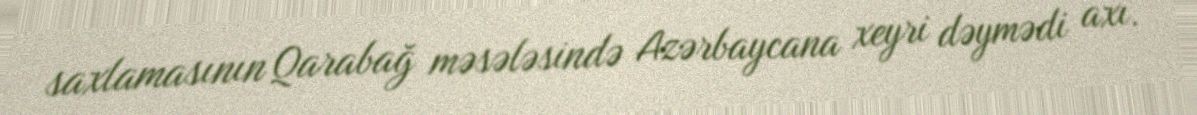
saxlamasının Qarabağ məsələsində Azərbaycana xeyri dəymədi axı.